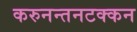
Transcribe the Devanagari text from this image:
करुनन्तनटक्कन